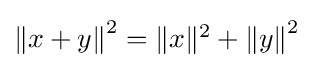
{\textstyle \left\|x+y\right\|^{2}=\|x\|^{2}+\left\|y\right\|^{2}}